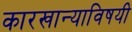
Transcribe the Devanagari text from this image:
कारखान्याविषयी